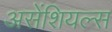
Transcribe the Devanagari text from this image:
असेंशियल्स